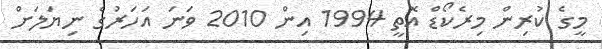
މީގެ ކުރިން މިރެކޯޑް އޮތީ 1994 އިން 2010 ވަނަ އަހަރުގެ ނިޔަލަށް